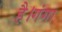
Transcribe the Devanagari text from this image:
है।गंगा